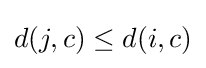
d(j,c)\leq d(i,c)